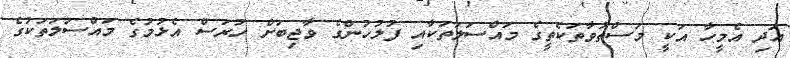
އަދި އެމީހާ އަކީ މަސްތުވާތަކެތީގެ މައްސަލަތަކާއި ފުލުުހުންގެ ވާޖިބަށް ހުރަސް އެޅުމުގެ މައްސަލަތަކުގެ